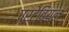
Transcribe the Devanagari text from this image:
प्रटेबियल